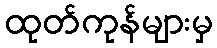
ထုတ်ကုန်များမှ